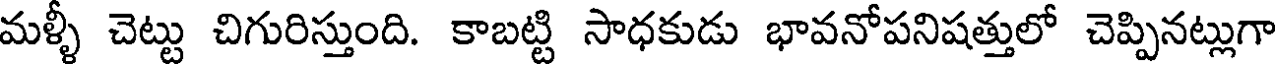
మళ్ళీ చెట్టు చిగురిస్తుంది. కాబట్టి సాధకుడు భావనోపనిషత్తులో చెప్పినట్లుగా